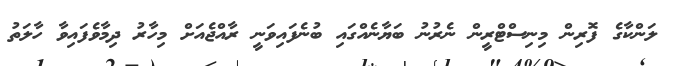
ލަންކާގެ ފޮރިން މިނިސްޓްރީން ނެރުނު ބަޔާނެއްގައި ބުނެފައިވަނީ ރާއްޖެއަށް މިހާރު ދިމާވެފައިވާ ހާލަތު